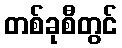
တစ်ခုစီတွင်